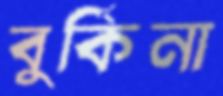
বুর্কিনা